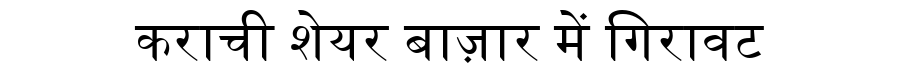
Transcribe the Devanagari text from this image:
कराची शेयर बाज़ार में गिरावट